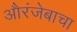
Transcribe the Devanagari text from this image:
औरंजेबाचा